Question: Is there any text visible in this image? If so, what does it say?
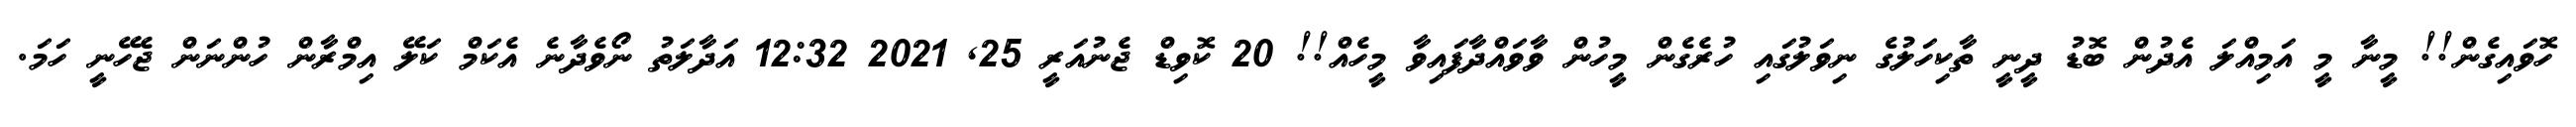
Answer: ހޮވައިގެން!! މީނާ މީ އަމިއްލަ އެދުން ބޮޑު ދީނީ ތާކިހަލުގެ ނިވަލުގައި ހުރެގެން މީހުން ވާވައްދާފައިވާ މީހެއް!! 20 ކޮވިޑް ޖެނުއަރީ 25, 2021 12:32 އަދާލަތު ނޯވެދާނެ އެކަމް ކަލޭ އިމްރާން ހުންނަން ޖެހޭނީ ހަމަ.